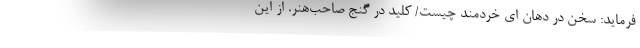
فرماید: سخن در دهان ای خردمند چیست/ کلید درِ گنج صاحب‌هنر. از این